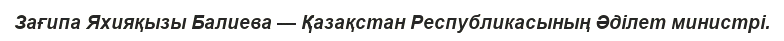
Зағипа Яхияқызы Балиева — Қазақстан Республикасының Әділет министрі.